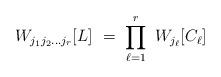
LaTeX: \begin{align*}W_{j_1j_2\ldots j_r} [L] \ = \ \prod_{\ell=1}^r \ W_{j_\ell}[C_\ell] \end{align*}